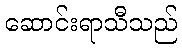
ဆောင်းရာသီသည်